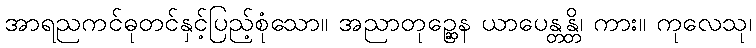
အာရညကင်ဓုတင်နှင့်ပြည့်စုံသော။ အညာတုဉ္ဆေန ယာပေန္တန္တိ၊ ကား။ ကုလေသု၊